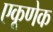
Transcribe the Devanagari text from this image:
एकूणेक